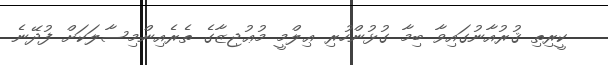
ކީރިތި ޤުރުއާނުގައިވާ ބިމާ ގުޅުންހުރި ޢިލްމީ މުޢުޖިޒާގެ ތެރެއިންމިސާލަކަށް ފުދޭނެ